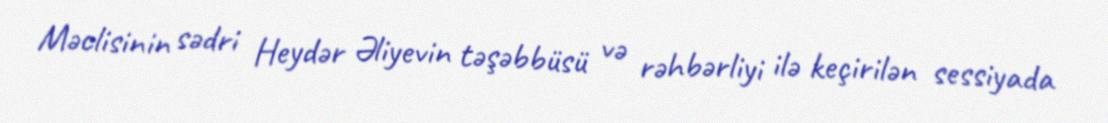
Məclisinin sədri Heydər Əliyevin təşəbbüsü və rəhbərliyi ilə keçirilən sessiyada